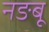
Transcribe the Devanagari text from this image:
नङबू